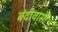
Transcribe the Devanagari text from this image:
बंदीवासी